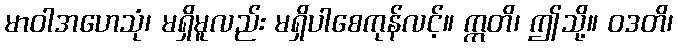
မာဝါအဟေသုံ၊ မရှိမူလည်း မရှိပါစေကုန်လင့်။ ဣတိ၊ ဤသို့။ ဝဒတိ၊